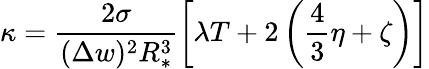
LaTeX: \kappa=\frac{2\sigma}{(\Delta w)^{2}R_{*}^{3}}\left[\lambda T+2\left(\frac{4}{3}\eta+\zeta\right)\right]